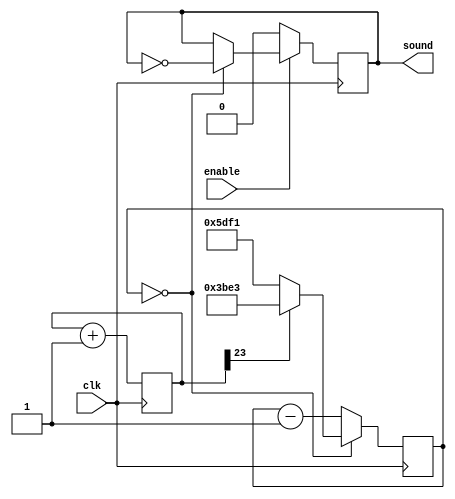
module buzzer(input clk,
input enable, 
output sound);
    
    parameter clock_divider_frequency = 100000000/440/2;
    
    reg [23:0] buzzing;
    
    always @(posedge clk) begin
    buzzing <= buzzing + 1;
    end
    
    reg [14:0] basic_counter;
    
    
    always @(posedge clk)
    begin
  if (basic_counter == 0) basic_counter <= (buzzing[23] ? clock_divider_frequency - 1 : clock_divider_frequency / 2-1);
    
    else basic_counter <= basic_counter - 1;
end
    
    
    reg sound;
    always @(posedge clk) begin
        if (!enable) sound <= 0;
        else if (basic_counter == 0) sound <= ~sound;
    end
    
endmodule